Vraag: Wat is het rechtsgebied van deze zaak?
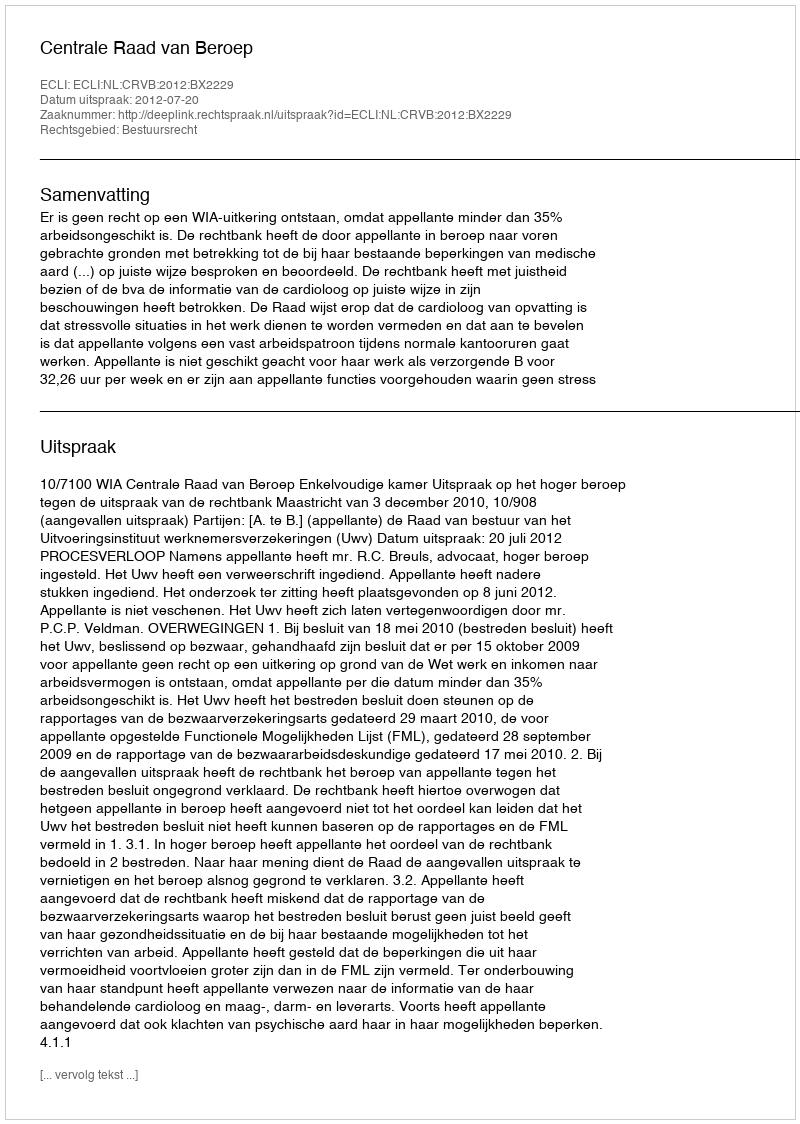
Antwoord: Bestuursrecht